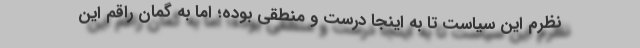
نظرم این سیاست تا به اینجا درست و منطقی بوده؛ اما به گمان راقم این